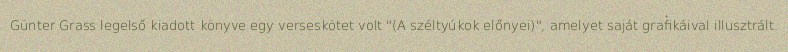
Günter Grass legelső kiadott könyve egy verseskötet volt "(A széltyúkok előnyei)", amelyet saját grafikáival illusztrált.